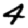
Digit: 4